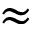
\approx